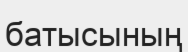
батысының